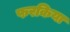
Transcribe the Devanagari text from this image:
फरकिया